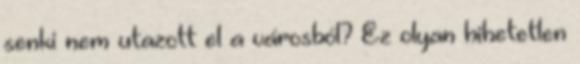
senki nem utazott el a városból? Ez olyan hihetetlen